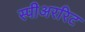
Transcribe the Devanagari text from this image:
स्पीअररिट